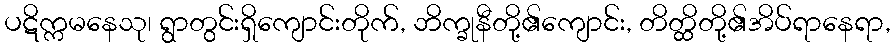
ပဋိက္ကမနေသု၊ ရွာတွင်းရှိကျောင်းတိုက်, ဘိက္ခုနီတို့၏ကျောင်း, တိတ္ထိတို့၏အိပ်ရာနေရာ,